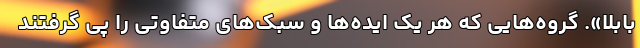
بابلا». گروه‌هایی که هر یک ایده‌ها و سبک‌های متفاوتی را پی گرفتند